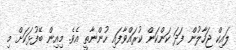
ލައިކް ޖަހާލުން ފަދަ ކަންކަން ކުރައްވާފައި ހުންނާތީ އެވެ. މިއިން ބޭފުޅަކަށް މި